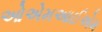
ઓએમઆઈએમ